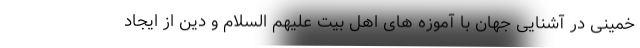
خمینی در آشنایی جهان با آموزه های اهل بیت علیهم السلام و دین از ایجاد